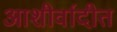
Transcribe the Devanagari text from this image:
आशीर्वादीत